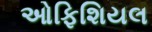
ઓફિશિયલ